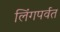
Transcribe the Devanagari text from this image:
लिंगपर्वत